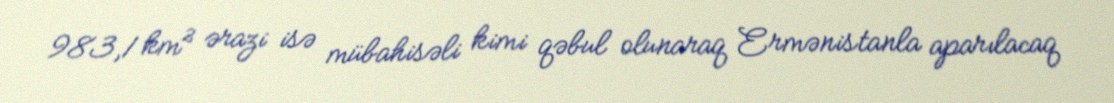
983,1 km² ərazi isə mübahisəli kimi qəbul olunaraq Ermənistanla aparılacaq